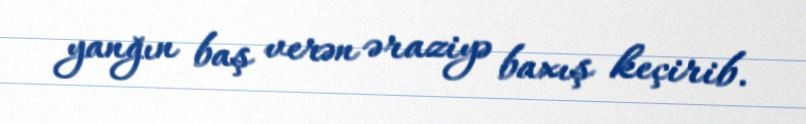
yanğın baş verən əraziyə baxış keçirib.